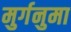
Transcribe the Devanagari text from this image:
मुर्गनुमा